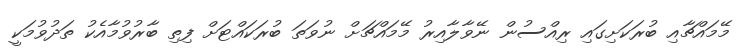
މޭމައްޗާއި ބުރަކަށިގައި ރިއްސުން ނޭވާލާއިރު މޭމައްޗަށް ނުވަތަ ބުރަކައްޓަށް ފިތި ބާރުވުމާއެކު ތަދުވުމަކީ